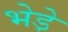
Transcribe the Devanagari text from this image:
भेडे़